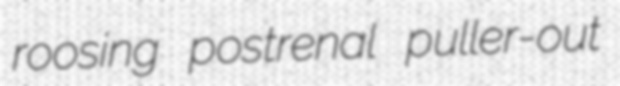
roosing postrenal puller-out